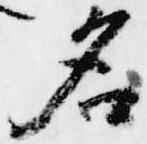
名